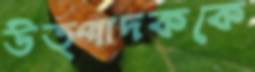
উত্পাদককে